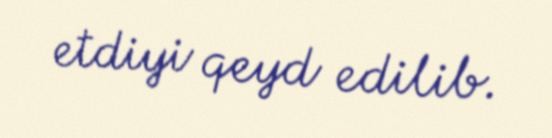
etdiyi qeyd edilib.